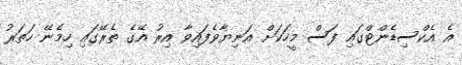
އެ އެކްސިޑެންޓްގައި ފަސް މީހަކަށް އަނިޔާވެފައިވާ އިރު އޭގެ ތެރޭގައި ހިމެނޭ ހަތަރު